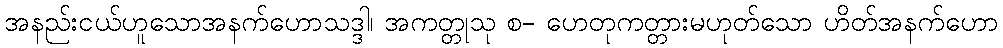
အနည်းငယ်ဟူသောအနက်ဟောသဒ္ဒါ၊ အကတ္တုသု စ- ဟေတုကတ္တားမဟုတ်သော ဟိတ်အနက်ဟော